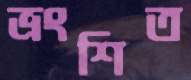
ভ্রংশিত